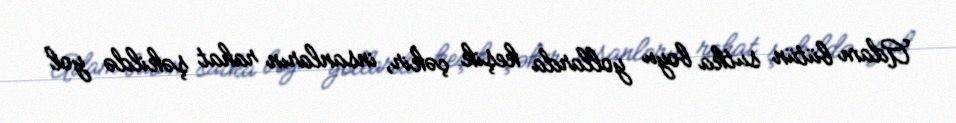
Adam bütün sutka boyu yollarda keşik çəkir, insanların rahat şəkildə yol